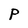
Character: P